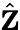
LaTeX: \hat{\textbf{Z}}